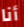
أنا